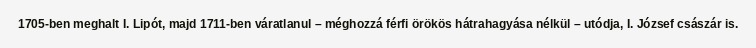
1705-ben meghalt I. Lipót, majd 1711-ben váratlanul – méghozzá férfi örökös hátrahagyása nélkül – utódja, I. József császár is.